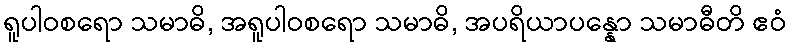
ရူပါဝစရော သမာဓိ, အရူပါဝစရော သမာဓိ, အပရိယာပန္နော သမာဓီတိ ဧဝံ